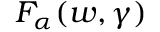
F _ { \alpha } ( w , \gamma )